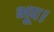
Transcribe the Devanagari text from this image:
भूप।